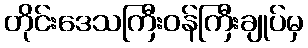
တိုင်းဒေသကြီးဝန်ကြီးချုပ်မှ